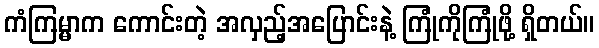
ကံကြမ္မာက ကောင်းတဲ့ အလှည့်အပြောင်းနဲ့ ကြုံကိုကြုံဖို့ ရှိတယ်။